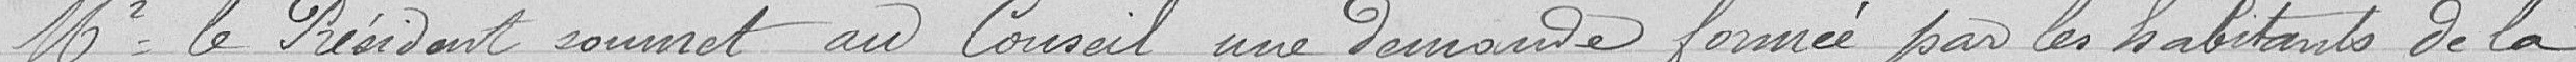
Monsieur le Président soumet au Conseil une demande formée par les habitants de la